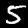
Label: 5